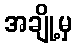
အချို့မှ